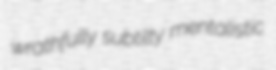
wrathfully subtilty mentalistic